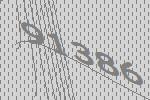
91386